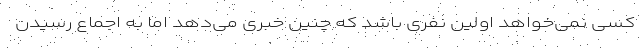
کسی نمی‌خواهد اولین نفری باشد که چنین خبری می‌دهد اما به اجماع رسیدن